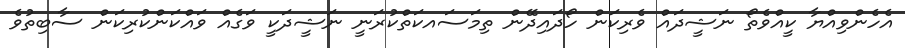
އެހެންވިއްޔާ ކީއްވެތޯ ނަޝީދައް ވެރިކަން ހޯދައިދޭން ތިމަސައކަތްކުރަނީ ނަޝީދަކީ ވަގެއް ވައްކަންކުރިކަން ސާބިތުވެ